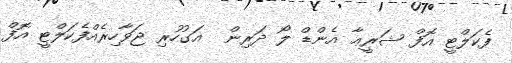
ފެކަލްޓީ އޮފް ޝަރީޢާ އެންޑް ލޯ ދަރިން  އަގުހުރި ޖަވާހިރެއްފެކަލްޓީ އޮފް